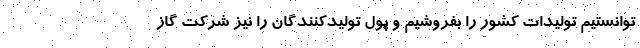
توانستیم تولیدات کشور را بفروشیم و پول تولیدکنندگان را نیز شرکت گاز